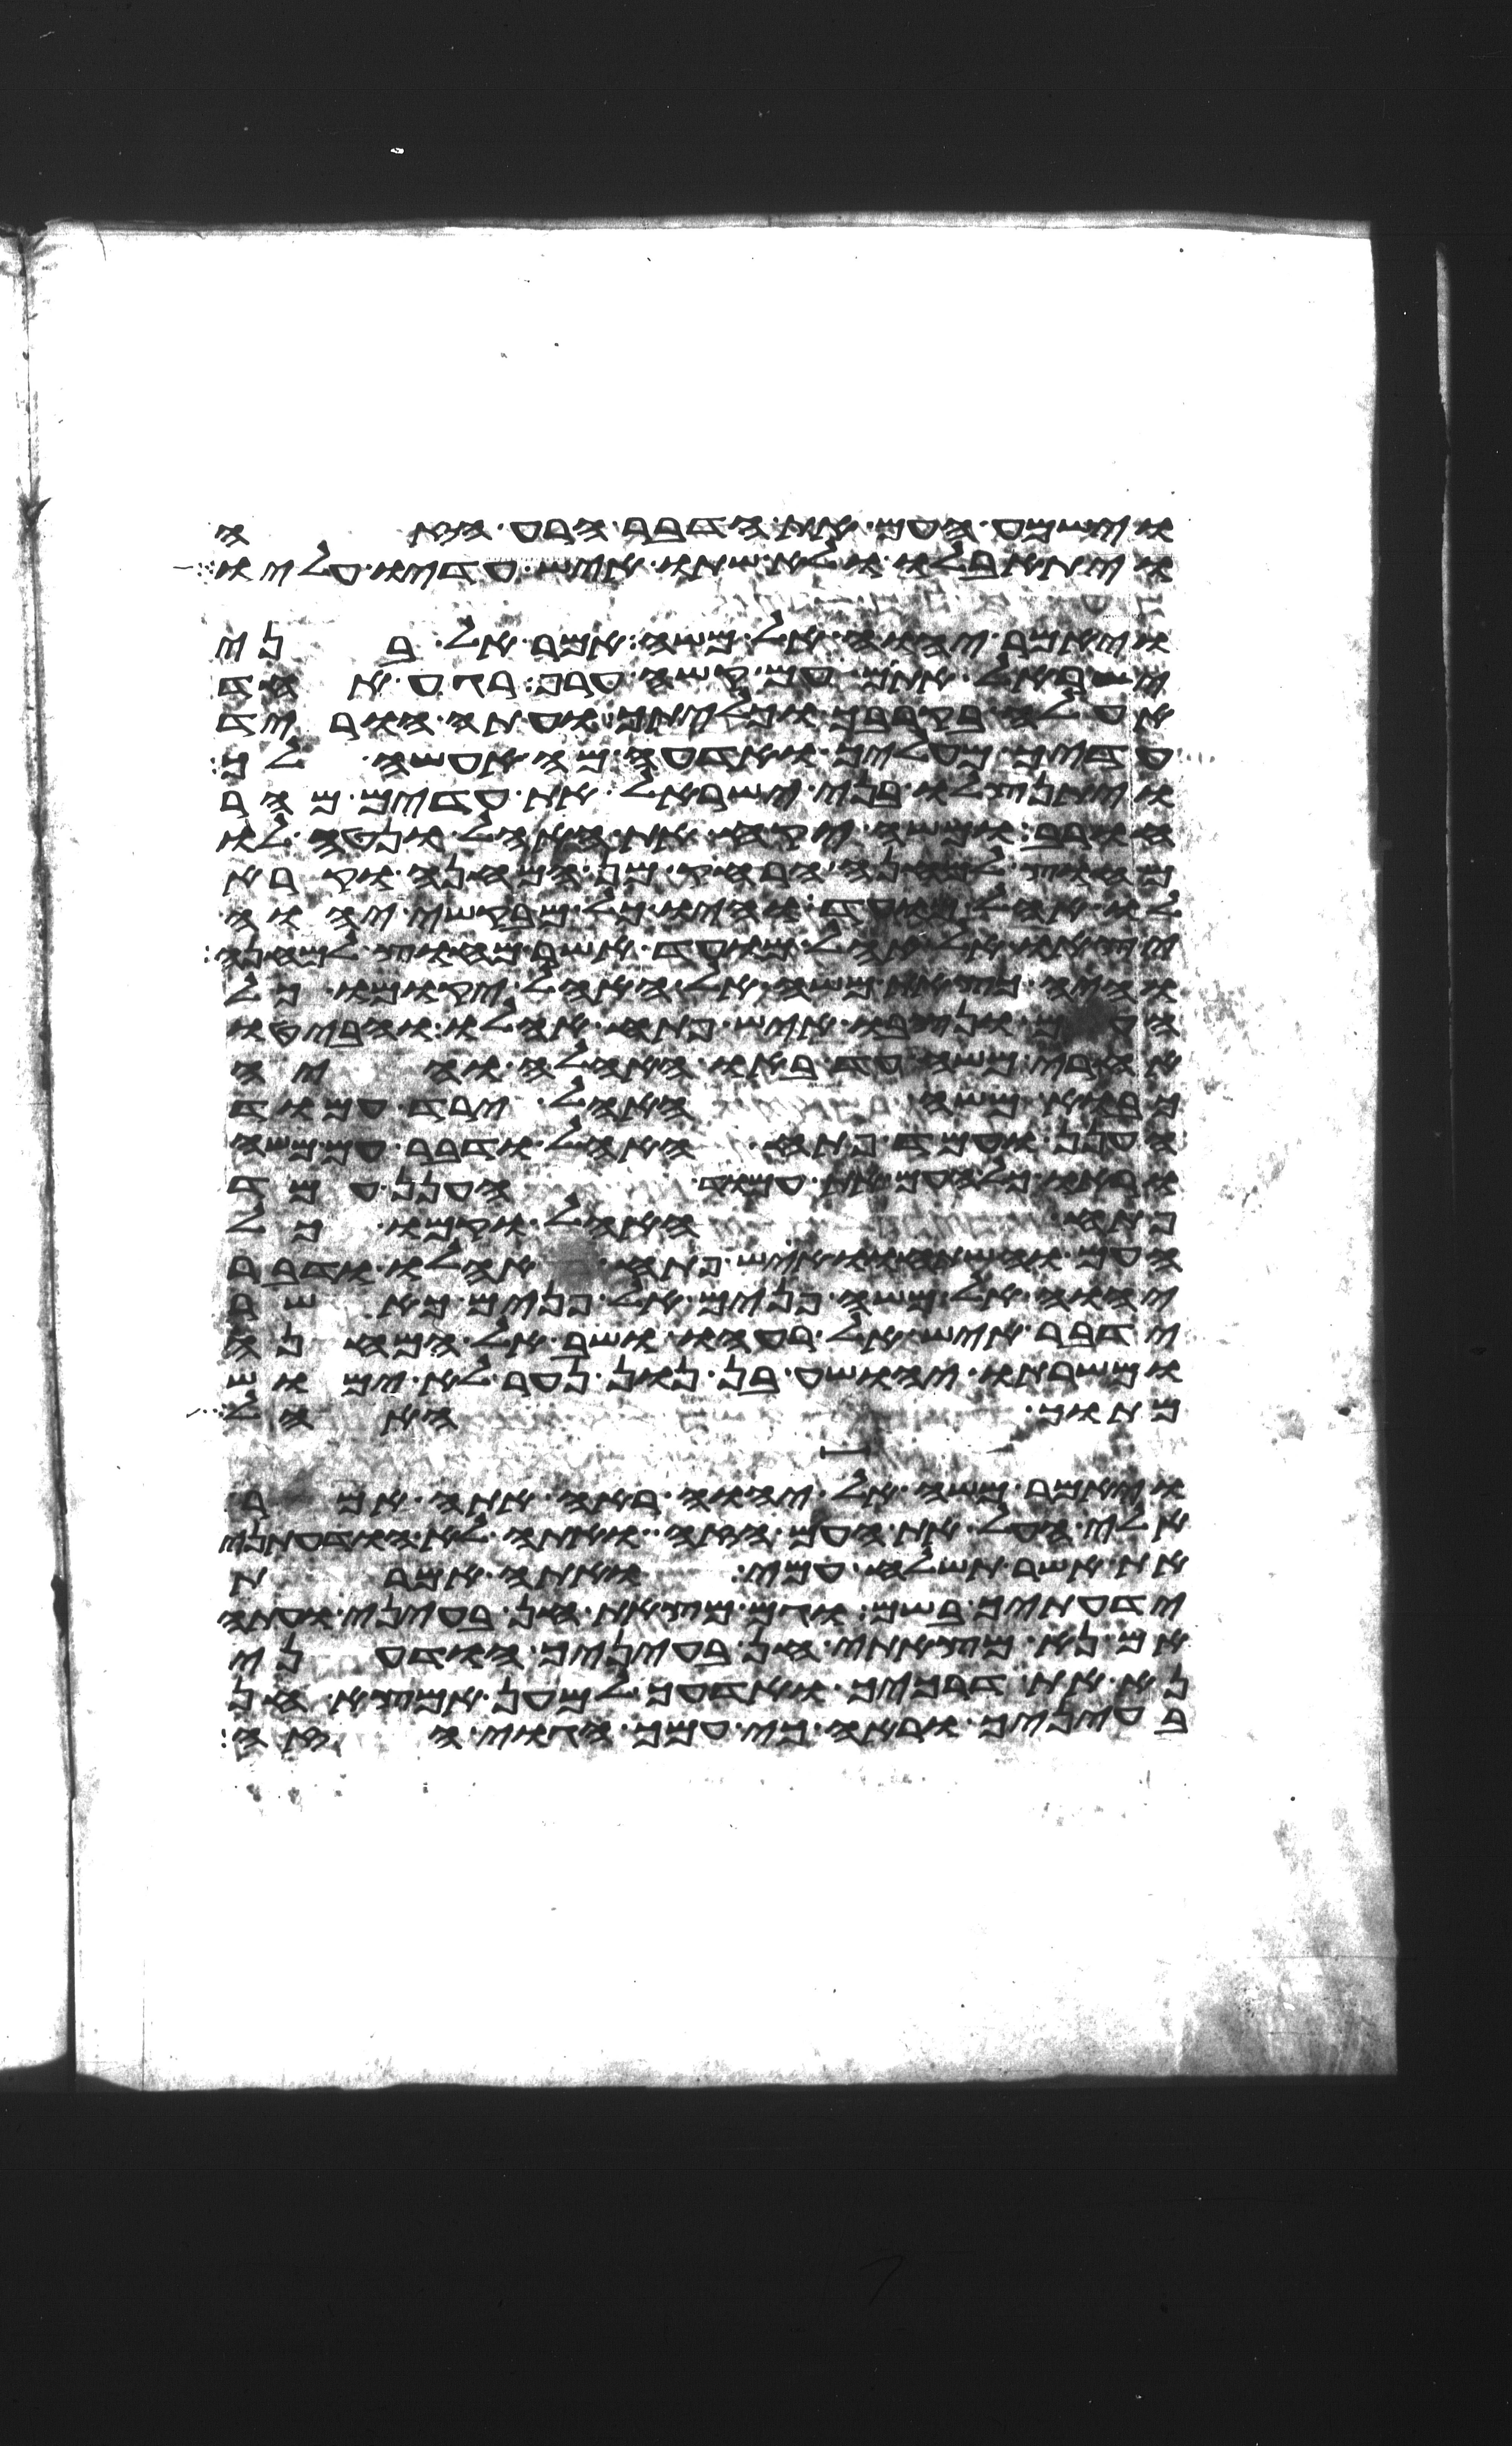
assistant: וישמע העם את הדבר הרע הזה
ויתאבלו ולא שתו איש עדיו עליו
ויאמר יהוה אל משה אמר אל בני
ישראל אתם עם קשה ערף רגע אחד
אעלה בקרבך וכליתיך ועתה הוריד
עדיך מעליך ואדעה מה אעשה לך
ויתנצלו בני ישראל את עדים מהר
חורב ומשה יקח את האהל ונטה לו
מחוץ למחנה הרחיק מן המחנה וקרא
לו אהל מועד והיו כל מבקשי יהוה
יצאו אל אהל מועד אשר מחוץ למחנה
והיה כצאת משה אל האהל יקומו כל
העם ונצבו איש פתח אהלו והביטו
אחרי משה עד באו האהלה והיה
כבוא משה האהל ירד עמוד
הענן ועמד פתח האהל ודבר עם משה
וראו כל העם את עמוד הענן עמד
פתח האהל וקמו כל
העם והשתחוו איש פתח אהלו ודבר
יהוה אל משה פנים אל פנים כאשר
ידבר איש אל רעהו ושב אל המחנה
ומשרתו יהושע בן נון נער לא ימוש
מתוך האהל
ויאמר משה אל יהוה ראה אתה אמר
אלי העל את העם הזה ואתה לא הודעתני
את אשר תשלח עמי ואתה אמרת
ידעתיך בשם וגם מצאת חן בעיני ועתה
אם נא מצאתי חן בעיניך הודעני
נא את דרכיך ואדעך למען אמצא חן
בעיניך וראה כי עמך הגוי הזה